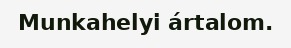
Munkahelyi ártalom.